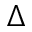
\boldsymbol { \Delta }